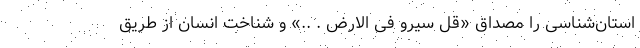
استان‌شناسی را مصداق «قل سیرو فی الارض . ..» و شناخت انسان از طریق